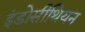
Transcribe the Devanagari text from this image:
इंडोसीथियन